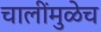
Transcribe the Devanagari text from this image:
चालींमुळेच